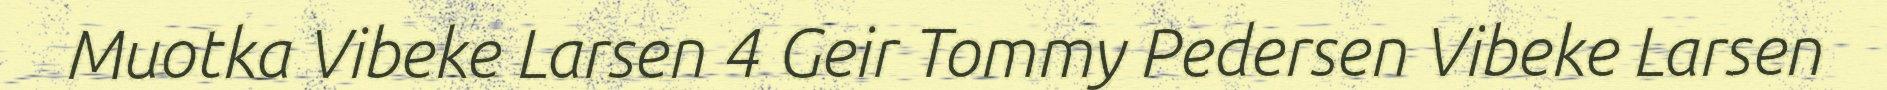
Muotka Vibeke Larsen 4 Geir Tommy Pedersen Vibeke Larsen